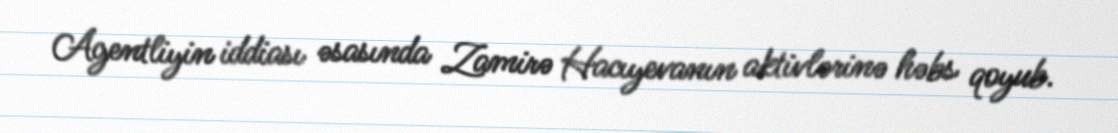
Agentliyin iddiası əsasında Zamirə Hacıyevanın aktivlərinə həbs qoyub.